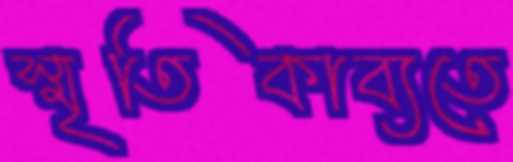
স্মৃতিকাব্যতে